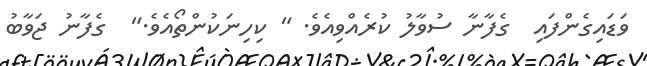
ވަޑައިގެންފައި  ގެފާނާ ސުވާލު ކުރެއްވިއެވެ. " ކިހިނަކުންތޯއެވެ."  ގެފާނު ޖަވާބު